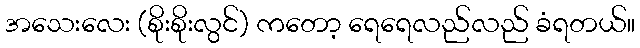
အသေးလေး (စိုးစိုးလွင်) ကတော့ ရေရေလည်လည် ခံရတယ်။